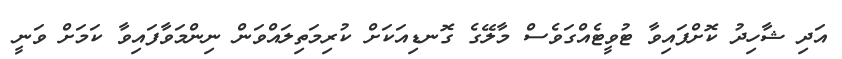
އަދި ޝާހިދު ކޮށްފައިވާ ޓުވީޓެއްގަވެސް މާލޭގެ ގޮނޑިއަކަށް ކުރިމަތިލައްވަން ނިންމަވާފައިވާ ކަމަށް ވަނީ